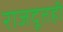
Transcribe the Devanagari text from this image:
राजदूतही